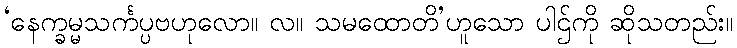
‘နေက္ခမ္မသင်္ကပ္ပဗဟုလော။ လ။ သမထောတိ’ဟူသော ပါဌ်ကို ဆိုသတည်း။